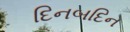
દિનબદિન